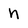
Character: n